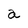
Character: a